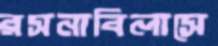
রসনাবিলাসে